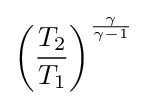
\left({\frac {T_{2}}{T_{1}}}\right)^{\frac {\gamma }{\gamma -1}}